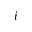
i